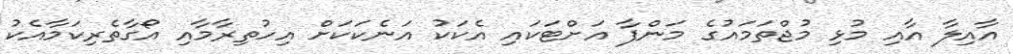
އާއިލާ އާއި މުޅި މުޖްތަމައުގެ މަންފާ އަށްޓަކައި އެކަކު އަނެކަކަށް އިހުތިރާމާއި އޯގާތެރިކަމާއެކު